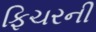
ફિચરની